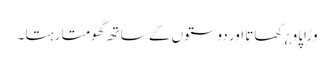
وڑاپاو ¿ کھاتا اور دوستوں کے ساتھ گھومتا رہتا ۔